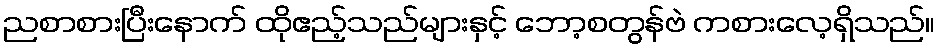
ညစာစားပြီးနောက် ထိုဧည့်သည်များနှင့် ဘော့စတွန်ဗဲ ကစားလေ့ရှိသည်။